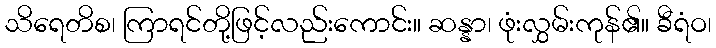
သိရေတိစ၊ ကြာရင်တို့ဖြင့်လည်းကောင်း။ ဆန္နာ၊ ဖုံးလွှမ်းကုန်၏။ ခီရံဝ၊